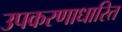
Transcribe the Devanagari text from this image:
उपकरणाधारित